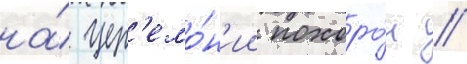
на́ цер'емо́н'ии похоро́н /